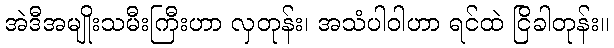
အဲဒီအမျိုးသမီးကြီးဟာ လှတုန်း၊ အသံပါဝါဟာ ရင်ထဲ ငြိခါတုန်း။